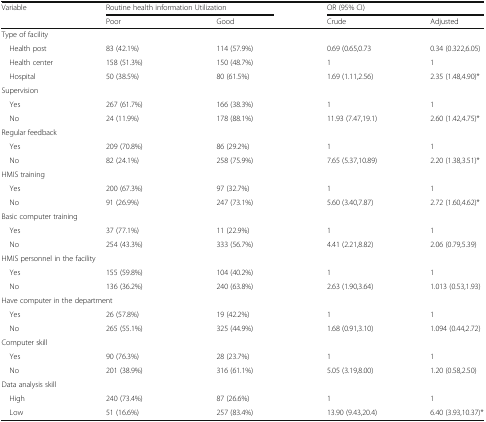
<table><thead><tr><td><b>Variable</b></td><td colspan="2"><b>Routine health information Utilization</b></td><td colspan="2"><b>OR (95% CI)</b></td></tr><tr><td></td><td><b>Poor</b></td><td><b>Good</b></td><td><b>Crude</b></td><td><b>Adjusted</b></td></tr></thead><tbody><tr><td colspan="5">Type of facility</td></tr><tr><td> Health post</td><td>83 (42.1%)</td><td>114 (57.9%)</td><td>0.69 (0.65,0.73</td><td>0.34 (0.322,6.05)</td></tr><tr><td> Health center</td><td>158 (51.3%)</td><td>150 (48.7%)</td><td>1</td><td>1</td></tr><tr><td> Hospital</td><td>50 (38.5%)</td><td>80 (61.5%)</td><td>1.69 (1.11,2.56)</td><td>2.35 (1.48,4.90)*</td></tr><tr><td colspan="5">Supervision</td></tr><tr><td> Yes</td><td>267 (61.7%)</td><td>166 (38.3%)</td><td>1</td><td>1</td></tr><tr><td> No</td><td>24 (11.9%)</td><td>178 (88.1%)</td><td>11.93 (7.47,19.1)</td><td>2.60 (1.42,4.75)*</td></tr><tr><td colspan="5">Regular feedback</td></tr><tr><td> Yes</td><td>209 (70.8%)</td><td>86 (29.2%)</td><td>1</td><td>1</td></tr><tr><td> No</td><td>82 (24.1%)</td><td>258 (75.9%)</td><td>7.65 (5.37,10.89)</td><td>2.20 (1.38,3.51)*</td></tr><tr><td colspan="5">HMIS training</td></tr><tr><td> Yes</td><td>200 (67.3%)</td><td>97 (32.7%)</td><td>1</td><td>1</td></tr><tr><td> No</td><td>91 (26.9%)</td><td>247 (73.1%)</td><td>5.60 (3.40,7.87)</td><td>2.72 (1.60,4.62)*</td></tr><tr><td colspan="5">Basic computer training</td></tr><tr><td> Yes</td><td>37 (77.1%)</td><td>11 (22.9%)</td><td>1</td><td>1</td></tr><tr><td> No</td><td>254 (43.3%)</td><td>333 (56.7%)</td><td>4.41 (2.21,8.82)</td><td>2.06 (0.79,5.39)</td></tr><tr><td colspan="5">HMIS personnel in the facility</td></tr><tr><td> Yes</td><td>155 (59.8%)</td><td>104 (40.2%)</td><td>1</td><td>1</td></tr><tr><td> No</td><td>136 (36.2%)</td><td>240 (63.8%)</td><td>2.63 (1.90,3.64)</td><td>1.013 (0.53,1.93)</td></tr><tr><td colspan="5">Have computer in the department</td></tr><tr><td> Yes</td><td>26 (57.8%)</td><td>19 (42.2%)</td><td>1</td><td>1</td></tr><tr><td> No</td><td>265 (55.1%)</td><td>325 (44.9%)</td><td>1.68 (0.91,3.10)</td><td>1.094 (0.44,2.72)</td></tr><tr><td colspan="5">Computer skill</td></tr><tr><td> Yes</td><td>90 (76.3%)</td><td>28 (23.7%)</td><td>1</td><td>1</td></tr><tr><td> No</td><td>201 (38.9%)</td><td>316 (61.1%)</td><td>5.05 (3.19,8.00)</td><td>1.20 (0.58,2.50)</td></tr><tr><td colspan="5">Data analysis skill</td></tr><tr><td> High</td><td>240 (73.4%)</td><td>87 (26.6%)</td><td>1</td><td>1</td></tr><tr><td> Low</td><td>51 (16.6%)</td><td>257 (83.4%)</td><td>13.90 (9.43,20.4)</td><td>6.40 (3.93,10.37)*</td></tr></tbody></table>